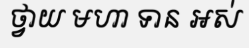
ថ្វាយ មហា ទាន អស់